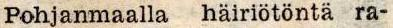
Pohjanmaalla häiriötöntä ra-